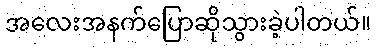
အလေးအနက်ပြောဆိုသွားခဲ့ပါတယ်။